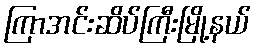
ကြာအင်းဆိပ်ကြီးမြို့နယ်